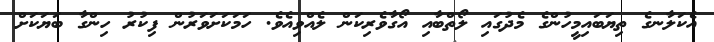
އެކަލާނގެ ތިޔަބައިމީހުންގެ މެދުގައި ލޯތްބާއި އޯގާވެރިކަން ލެއްވިއެވެ. ހަމަކަށަވަރުން ފިކުރު ހިންގާ ބަޔަކަށް